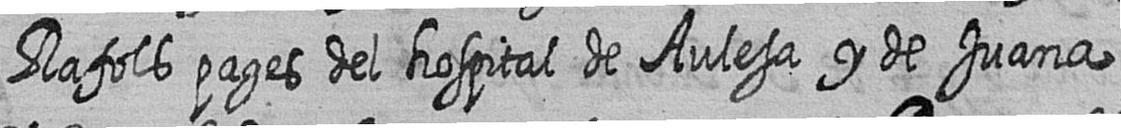
Rafols pages del hospital de Aulesa y de Juana